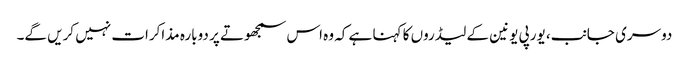
دوسری جانب، یورپی یونین کے لیڈروں کا کہنا ہے کہ وہ اس سمجھوتے پر دوبارہ مذاکرات نہیں کریں گے۔